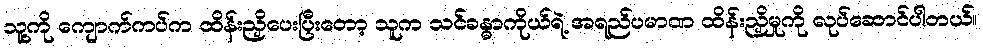
သူ့ကို ကျောက်ကပ်က ထိန်းညှိပေးပြီးတော့ သူက သင်ခန္ဓာကိုယ်ရဲ့ အရည်ပမာဏ ထိန်းညှိမှုကို လုပ်ဆောင်ပါတယ်။